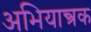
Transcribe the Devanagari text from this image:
अभियान्त्रक